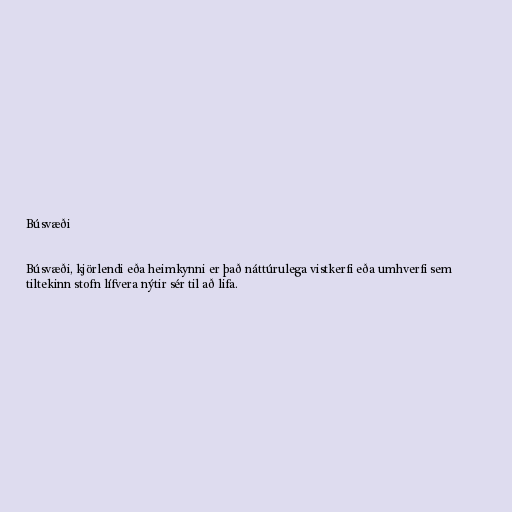
Búsvæði

Búsvæði, kjörlendi eða heimkynni er það náttúrulega vistkerfi eða umhverfi sem
tiltekinn stofn lífvera nýtir sér til að lifa.